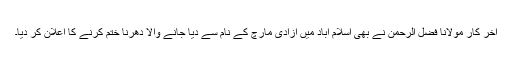
آخر کار مولانا فضل الرحمن نے بھی اسلام آباد میں آزادی مارچ کے نام سے دیا جانے والا دھرنا ختم کرنے کا اعلان کر دیا۔